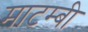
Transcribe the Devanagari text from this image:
माटम्बी